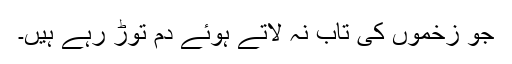
جو زخموں کی تاب نہ لاتے ہوئے دم توڑ رہے ہیں۔